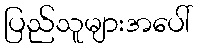
ပြည်သူများအပေါ်